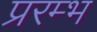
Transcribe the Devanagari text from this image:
प्ररम्भ